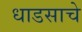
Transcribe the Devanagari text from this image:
धाडसाचे